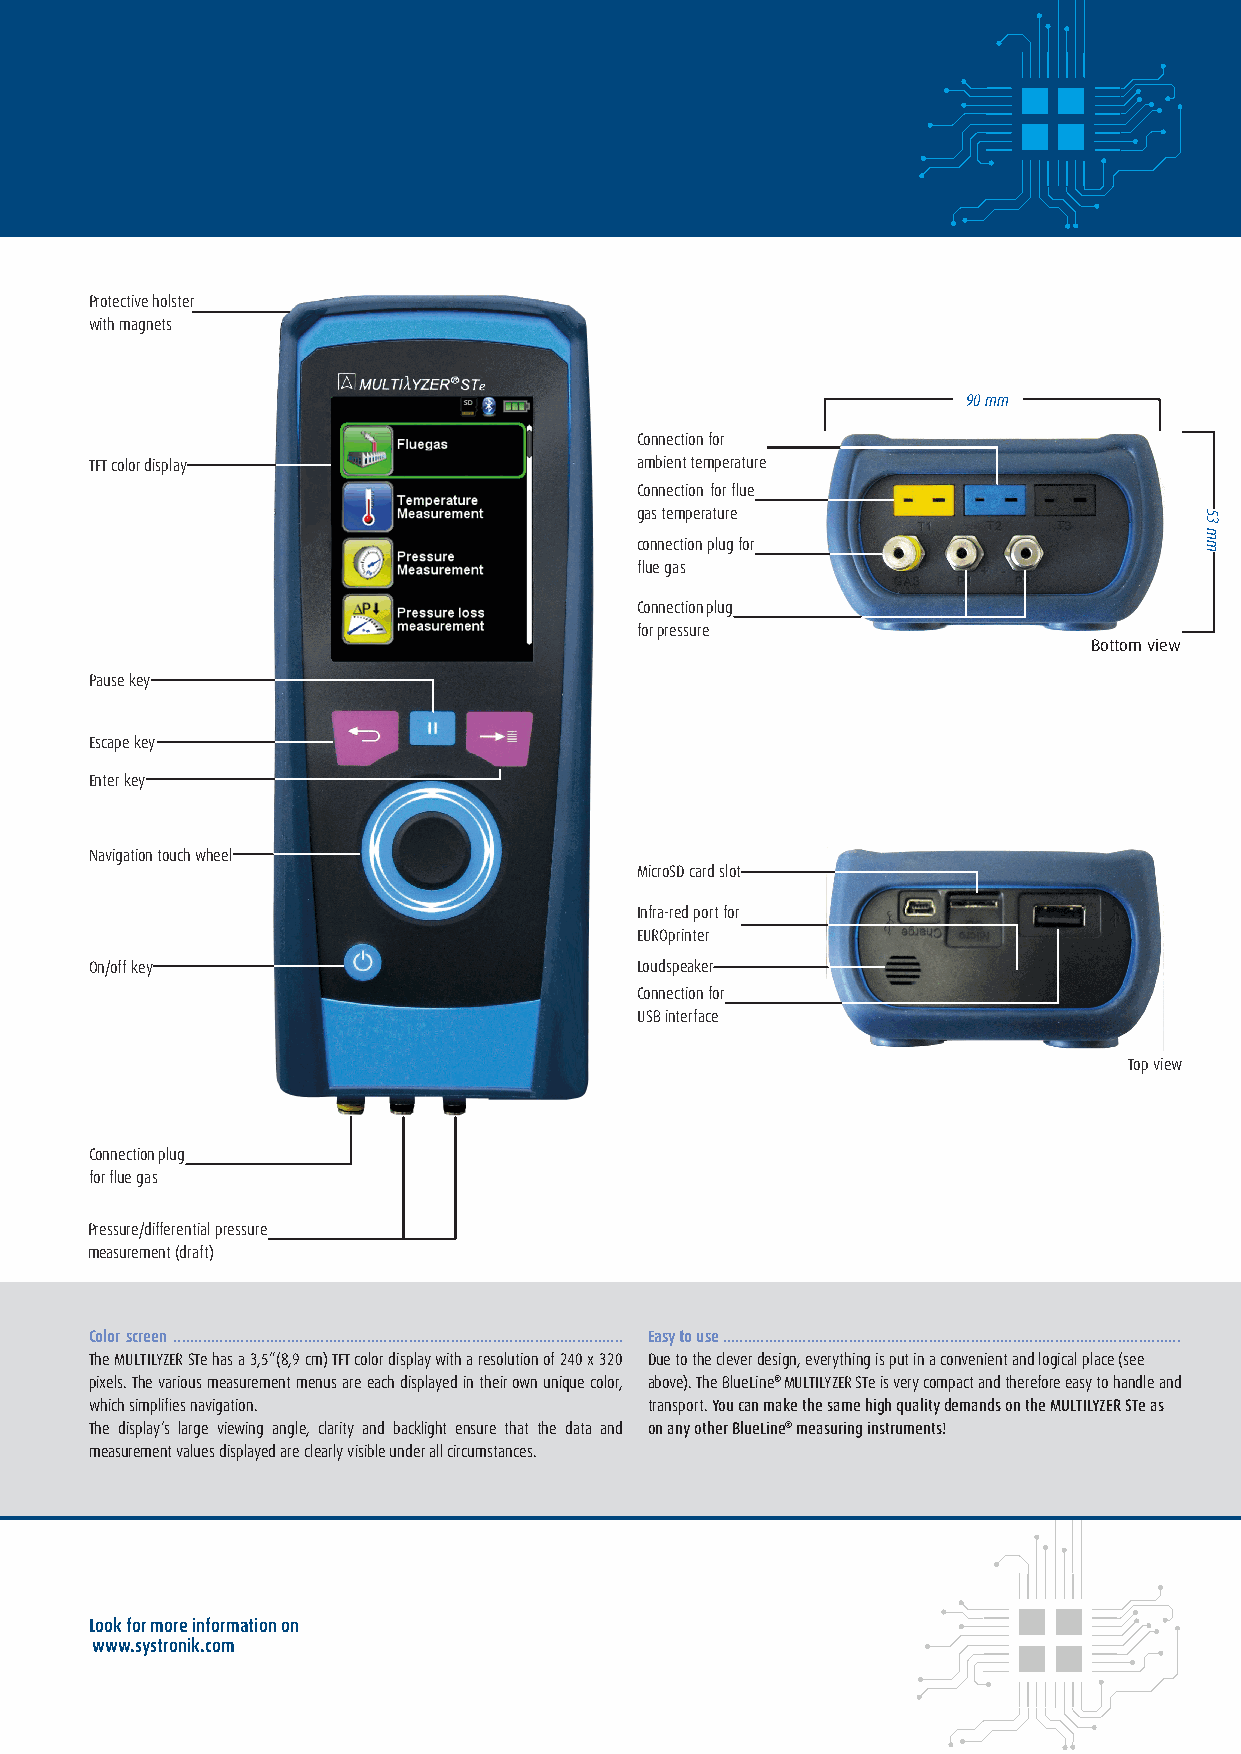
Protective holster
 with magnets
 90 mm
 Connection for
 TFT color display                   ambient temperature
 Connection for flue
 gas temperature
 connection plug for
 flue gas
 Connection plug
 for pressure
 Bottom view
 Pause key
 Escape key
 Enter key
 Navigation touch wheel
 MicroSD card slot
 Infra-red port for
 EUROprinter
 On/off key                          Loudspeaker
 Connection for
 USB interface
 Top view
 Connection plug
 for flue gas
 Pressure/differential pressure
 measurement (draft)
 Color screen ........................................................................................................... Easy to use .............................................................................................................
 The MULTILYZER STe has a 3,5”(8,9 cm) TFT color display with a resolution of 240 x 320 Due to the clever design, everything is put in a convenient and logical place (see
 pixels. The various measurement menus are each displayed in their own unique color, above). The BlueLine® MULTILYZER STe is very compact and therefore easy to handle and
 which simplifies navigation.         transport. You can make the same high quality demands on the MULTILYZER STe as
 The display’s large viewing angle, clarity and backlight ensure that the data and on any other BlueLine® measuring instruments!
 measurement values displayed are clearly visible under all circumstances.
 Look for more information on
 www.systronik.com
 53
 mm